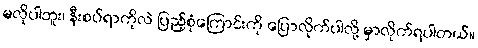
မလိုပါဘူး၊ နီးစပ်ရာကိုလဲ ပြည့်စုံကြောင်းကို ပြောလိုက်ပါလို့ မှာလိုက်ရပါတယ်။